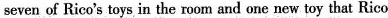
seven of Rico's toys in the room and one new toy that Rico